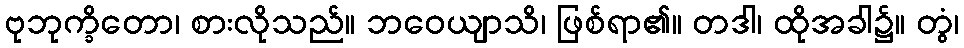
ဗုဘုက္ခိတော၊ စားလိုသည်။ ဘဝေယျာသိ၊ ဖြစ်ရာ၏။ တဒါ၊ ထိုအခါ၌။ တွံ၊